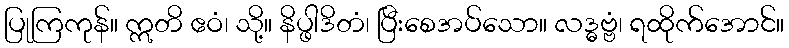
ပြုကြကုန်။ ဣတိ ဧဝံ၊ သို့။ နိပ္ဖါဒိတံ၊ ပြီးစေအပ်သော။ လဒ္ဓဗ္ဗံ၊ ရထိုက်အောင်။